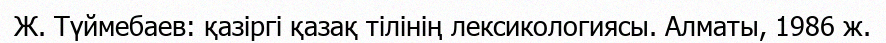
Ж. Түймебаев: қазіргі қазақ тілінің лексикологиясы. Алматы, 1986 ж.